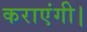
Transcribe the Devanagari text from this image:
कराएंगी।